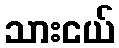
သားငယ်